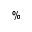
\%